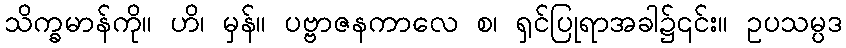
သိက္ခမာန်ကို။ ဟိ၊ မှန်။ ပဗ္ဗာဇနကာလေ စ၊ ရှင်ပြုရာအခါ၌၎င်း။ ဥပသမ္ပဒ